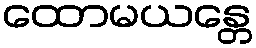
ထောမယန္တေ